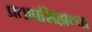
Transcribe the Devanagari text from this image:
प्रतापसिंहाच्या